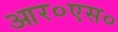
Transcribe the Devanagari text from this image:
आर०एस०